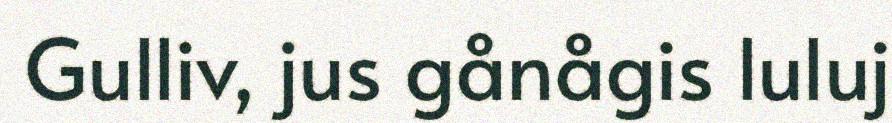
Gulliv, jus gånågis luluj